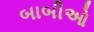
બાબીઓ